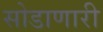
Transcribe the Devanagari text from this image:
सोडाणारी